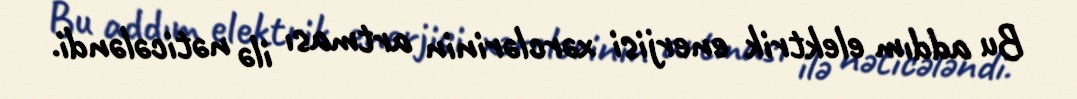
Bu addım elektrik enerjisi xərclərinin artması ilə nəticələndi.